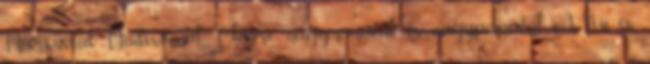
Marcussal, Madisonnal, Claire nagymamával és nagypapával. A fiú és